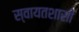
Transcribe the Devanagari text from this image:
स्वायतशासी